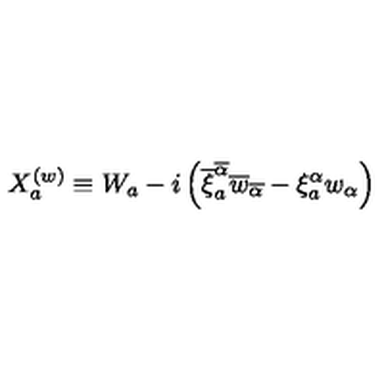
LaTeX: X _ { a } ^ { ( w ) } \equiv W _ { a } - i \left( \overline { { \xi } } _ { a } ^ { \overline { { \alpha } } } \overline { { w } } _ { \overline { { \alpha } } } - \xi _ { a } ^ { \alpha } w _ { \alpha } \right)